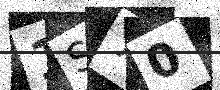
Text: 1S70